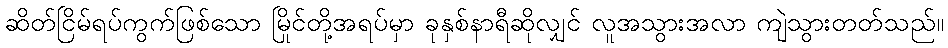
ဆိတ်ငြိမ်ရပ်ကွက်ဖြစ်သော မြိုင်တို့အရပ်မှာ ခုနှစ်နာရီဆိုလျှင် လူအသွားအလာ ကျဲသွားတတ်သည်။